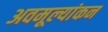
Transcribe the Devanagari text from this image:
अवमूल्यांकन